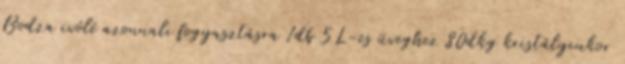
Bodza ivólé azonnali fogyasztásra 1db 5L-es üveghez 80dkg kristálycukor